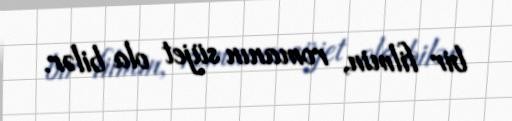
bir filmin, romanın süjet ola bilər.